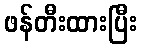
ဖန်တီးထားပြီး